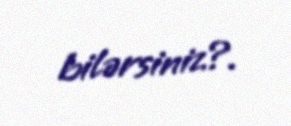
bilərsiniz?.